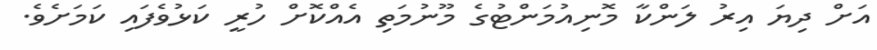
އަށް ދިޔަ އިރު ލަންކާ މޮނިއުމަންޓުގެ މޫނުމަތި އެއްކޮށް ހުރީ ކަޅުވެފައި ކަމަށެވެ.